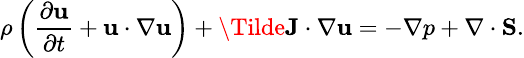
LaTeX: \small\rho\left(\frac{\partial\textbf{u}}{\partial t}+\textbf{u}\cdot\nabla\textbf{u}\right)+\Tilde{\textbf{J}}\cdot\nabla\textbf{u}=-\nabla p+\nabla\cdot\textbf{S}.